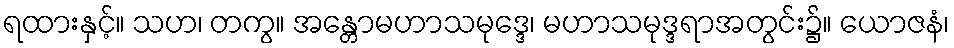
ရထားနှင့်။ သဟ၊ တကွ။ အန္တောမဟာသမုဒ္ဒေ၊ မဟာသမုဒ္ဒရာအတွင်း၌။ ယောဇနံ၊